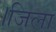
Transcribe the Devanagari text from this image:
।जिला